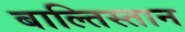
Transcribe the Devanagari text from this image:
बाल्तिस्तान